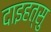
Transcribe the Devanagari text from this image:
दाइहत्सु